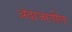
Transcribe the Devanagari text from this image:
अंदाजातील